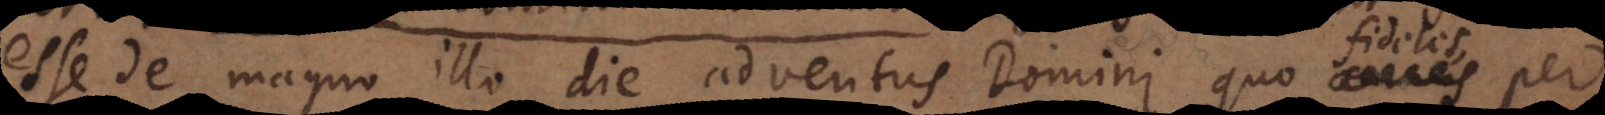
esse de magno illo die adventus Domini, quo omne